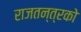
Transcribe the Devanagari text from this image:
राजतन्त्रको